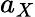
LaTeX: a_{X}